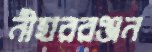
নীহাররঞ্জন